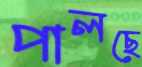
পালছে